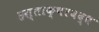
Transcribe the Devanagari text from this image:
हस्ताक्षरबद्ध